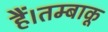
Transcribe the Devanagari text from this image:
हैं।तम्बाकू